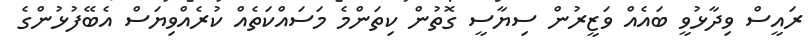
ރައީސް ވިދާޅުވީ ބައެއް ވަޒީރުން ސިޔާސީ ގޮތުން ކިތަންމެ މަސައްކަތެއް ކުރެއްވިޔަސް އެބޭފުޅުންގެ